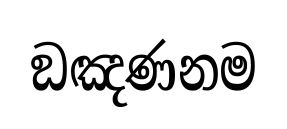
ඞඤණනම